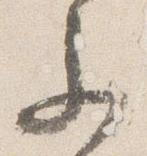
参